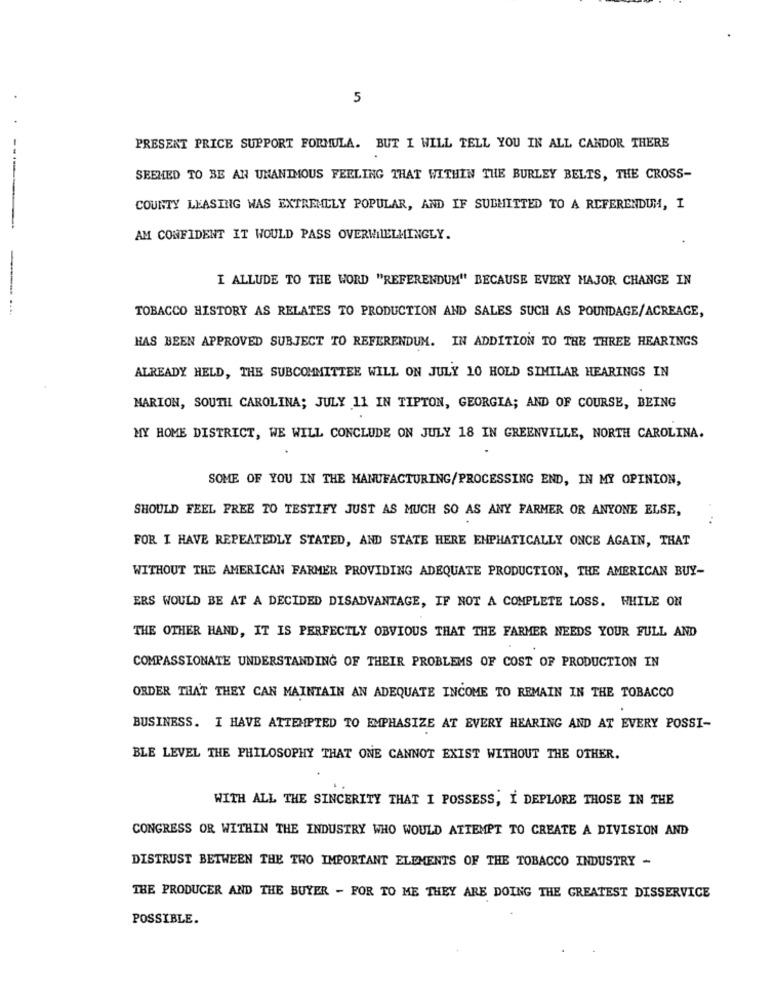
5
PRESENT PRICE SUPPORT FORMULA. BUT I WILL TELL YOU IN ALL CANDOR THERE
SEEMED TO BE AN UNANIMOUS FEELING THAT WITHIN THE BURLEY BELTS, THE CROSS-
COUNTY LEASING WAS EXTREMELY POPULAR, AND IF SUBMITTED TO A REFERENDUM, I
AM CONFIDENT IT WOULD PASS OVERMIELMINGLY.
I ALLUDE TO THE WORD "REFERENDUM" BECAUSE EVERY MAJOR CHANGE IN
.. ....
TOBACCO HISTORY AS RELATES TO PRODUCTION AND SALES SUCH AS POUNDAGE/ACREAGE,
HAS BEEN APPROVED SUBJECT TO REFERENDUM. IN ADDITION TO THE THREE HEARINGS
ALREADY HELD, THE SUBCOMMITTEE WILL ON JULY 10 HOLD SIMILAR HEARINGS IN
MARION, SOUTH CAROLINA; JULY 11 IN TIPTON, GEORGIA; AND OF COURSE, BEING
MY HOME DISTRICT, WE WILL CONCLUDE ON JULY 18 IN GREENVILLE, NORTH CAROLINA.
SOME OF YOU IN THE MANUFACTURING/PROCESSING END, IN MY OPINION,
SHOULD FEEL FREE TO TESTIFY JUST AS MUCH SO AS ANY FARMER OR ANYONE ELSE,
FOR I HAVE REPEATEDLY STATED, AND STATE HERE ENPHATICALLY ONCE AGAIN, THAT
WITHOUT THE AMERICAN FARMER PROVIDING ADEQUATE PRODUCTION, THE AMERICAN BUY-
ERS WOULD BE AT A DECIDED DISADVANTAGE, IF NOT A COMPLETE LOSS. WHILE ON
THE OTHER HAND, IT IS PERFECTLY OBVIOUS THAT THE FARMER NEEDS YOUR FULL AND
COMPASSIONATE UNDERSTANDING OF THEIR PROBLEMS OF COST OF PRODUCTION IN
ORDER THAT THEY CAN MAINTAIN AN ADEQUATE INCOME TO REMAIN IN THE TOBACCO
BUSINESS. I HAVE ATTEMPTED TO EMPHASIZE AT EVERY HEARING AND AT EVERY POSSI-
BLE LEVEL THE PHILOSOPHY THAT ONE CANNOT EXIST WITHOUT THE OTHER.
WITH ALL THE SINCERITY THAT I POSSESS, I DEPLORE THOSE IN THE
CONGRESS OR WITHIN THE INDUSTRY WHO WOULD ATTEMPT TO CREATE A DIVISION AND
DISTRUST BETWEEN THE TWO IMPORTANT ELEMENTS OF THE TOBACCO INDUSTRY -
THE PRODUCER AND THE BUYER - FOR TO ME THEY ARE DOING THE GREATEST DISSERVICE
POSSIBLE.